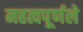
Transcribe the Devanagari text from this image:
महत्वपूर्णले